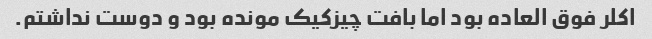
اکلر فوق العاده بود اما بافت چیزکیک مونده بود و دوست نداشتم.